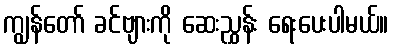
ကျွန်တော် ခင်ဗျားကို ဆေးညွှန်း ရေးပေးပါမယ်။